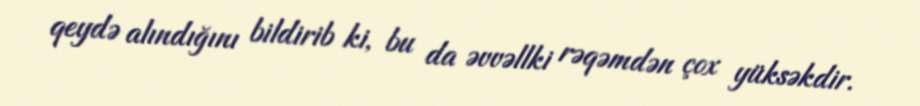
qeydə alındığını bildirib ki, bu da əvvəllki rəqəmdən çox yüksəkdir.